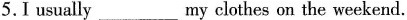
5.I usually___my clothes on the weekend.